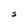
Character: S